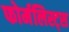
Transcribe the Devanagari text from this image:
फोर्मलिस्ट्स